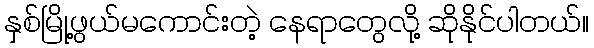
နှစ်မြို့ဖွယ်မကောင်းတဲ့ နေရာတွေလို့ ဆိုနိုင်ပါတယ်။